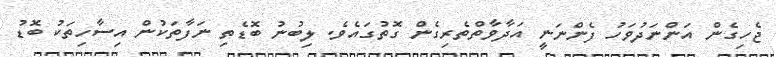
ޖެހިގެން އަންނަދުވަހު ފެންނަނީ އަދާވާތްތެރިގެން ގޮތުގައެވެ. ލިބުނު ބޮޑެތި ނަފާތަކުން އިސާހިތަކު ބޮޑު